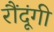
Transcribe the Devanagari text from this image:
रौंदूंगी